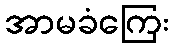
အာမခံကြေး